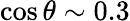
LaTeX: \cos\theta\sim 0.3